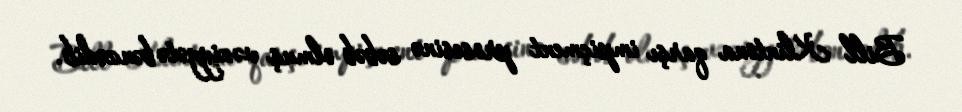
Bill Klintona qarşı impiçment prosesinə səbəb olmuş vəziyyətə bənzədib.